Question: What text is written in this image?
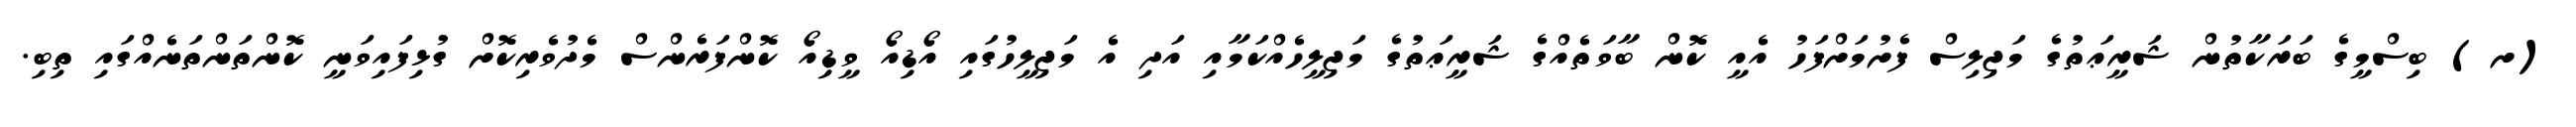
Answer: (ށ) ބިސްމީގެ ބަރަކާތުން ޝަރީޢަތުގެ މަޖިލިސް ފެށުމަށްފަހު އެއީ ކޮން ބާވަތެއްގެ ޝަރީޢަތުގެ މަޖިލީހެއްކަމާއި އަދި އެ މަޖިލީހުގައި އޯޑިއޯ ވީޑިއޯ ކޮންފަރެންސް މެދުވެރިކޮށް ގުޅިފައިވަނީ ކޮންތަންތަނެއްގައި ތިބި.